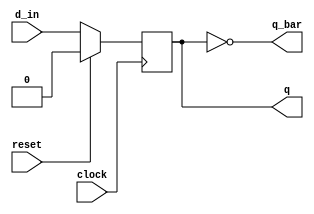
module D_FF( d_in, clock, reset, q, q_bar );
input clock, reset, d_in;
output q, q_bar;
reg q;
assign q_bar = ~q;
always @ ( posedge clock )
begin
if ( reset == 1'b1 )
begin
q <= 1'b0;
end
else
begin
q <= d_in;
end
end
endmodule
module Johnson_counter( clock, reset, q);
input reset, clock;
output [3:0]q;
wire w1;
not a(w1,q[3]);
D_FF d1(.clock(clock), .reset(reset), .d_in(w1), .q(q[0]) );
D_FF d2(.clock(clock), .reset(reset), .d_in(q[0]), .q(q[1]) );
D_FF d3(.clock(clock), .reset(reset), .d_in(q[1]), .q(q[2]) );
D_FF d4(.clock(clock), .reset(reset), .d_in(q[2]), .q(q[3]) );
endmodule